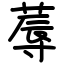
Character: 蓐